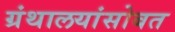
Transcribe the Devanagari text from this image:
ग्रंथालयांसोबत